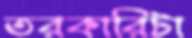
তরকারিটা